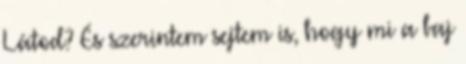
Látod? És szerintem sejtem is, hogy mi a baj